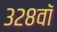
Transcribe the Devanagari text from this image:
३२८वॉ